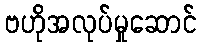
ဗဟိုအလုပ်မှုဆောင်